Civil Veterinary Department. United Provinces 1932-42 - 1932-1942
Year: 1932
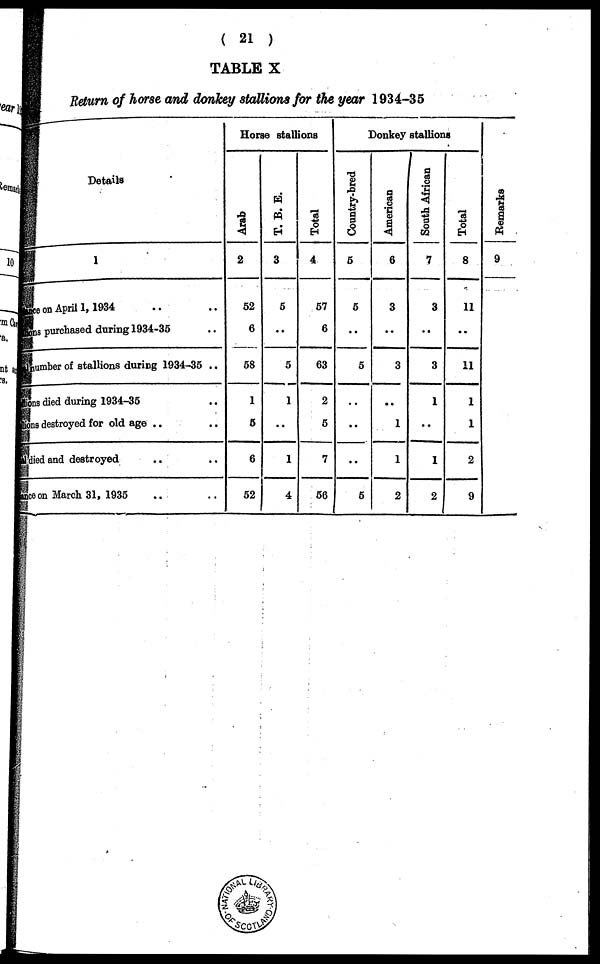
(21)
TABLE X
Return of horse and donkey stallions for the year 1934-35
Details
1
Once on April 1,1934 .. ..
Tons Purchased during 1934-35 ..
number of stallions during 1934-35 ..
ns died during 1934-35 .. ..
ns destroyed for old age .. ..
died and destroyed .. ..
ce on March 31, 1935 .. ..
Horse stallions
Arab
2
52
6
58
1
5
6
52
T. B. E.
3
5
..
5
1
..
1
4
Total
4
57
6
63
2
5
7
56
Donkey stallions
Country-bred
5
5
..
5
..
..
..
5
American
6
3
..
3
..
1
1
2
South African
7
3
..
3
1
..
1
2
Total
8
11
..
11
1
1
2
9
Re ma r
ks
9